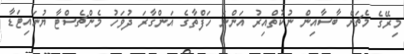
މިރޭގެ މެޗަށް ބާސާއިން ނުކުތްއިރު އަންނަ ހަފްތާގެ އަންގާރަ ދުވަހު މެންޗެސްޓާ ޔުނައިޓަޑާ